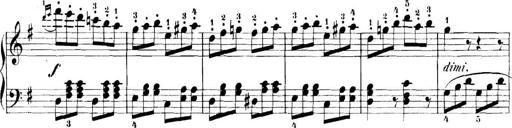
Title: 11 Sonatinas
Composer: Anton Diabelli